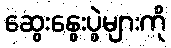
ဆွေးနွေးပွဲများကို